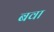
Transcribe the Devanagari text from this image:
बवा